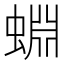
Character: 蜵